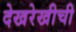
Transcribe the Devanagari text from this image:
देखरेखीची